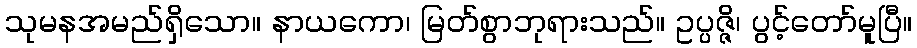
သုမနအမည်ရှိသော။ နာယကော၊ မြတ်စွာဘုရားသည်။ ဥပ္ပဇ္ဇိ၊ ပွင့်တော်မူပြီ။